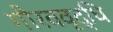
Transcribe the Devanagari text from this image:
गौरववृद्धि